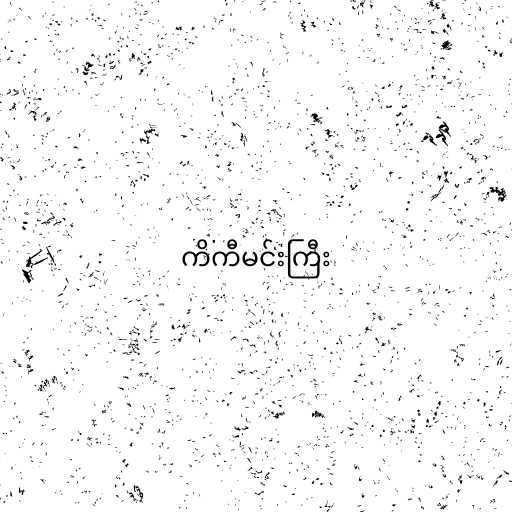
ကိကီမင်းကြီး